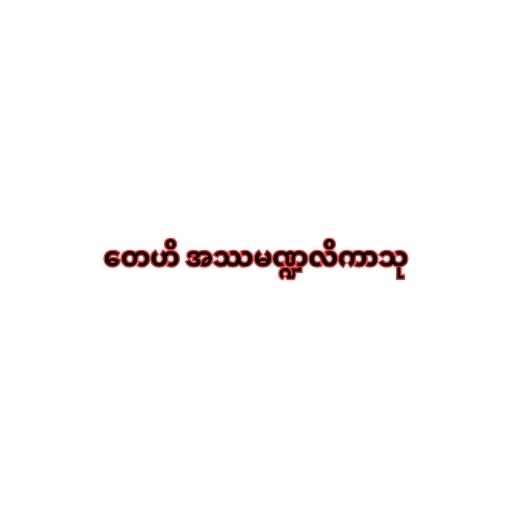
တေဟိ အဿမဏ္ဍလိကာသု